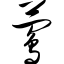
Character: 莺